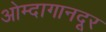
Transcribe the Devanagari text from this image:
ओम्दागानदूर